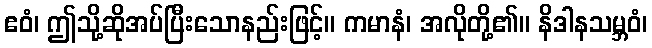
ဧဝံ၊ ဤသို့ဆိုအပ်ပြီးသောနည်းဖြင့်။ ကမာနံ၊ အလိုတို့၏။ နိဒါနသမ္ဘဝံ၊